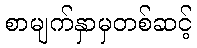
စာမျက်နှာမှတစ်ဆင့်